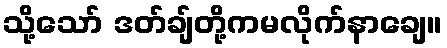
သို့သော် ဒတ်ချ်တို့ကမလိုက်နာချေ။